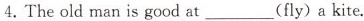
⒋. The old man is good at ___ (fly) a kite.